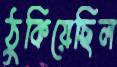
ঠুকিয়েছিল